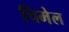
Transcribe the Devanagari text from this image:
चिमेल